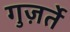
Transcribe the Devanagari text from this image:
गुज़र्ते